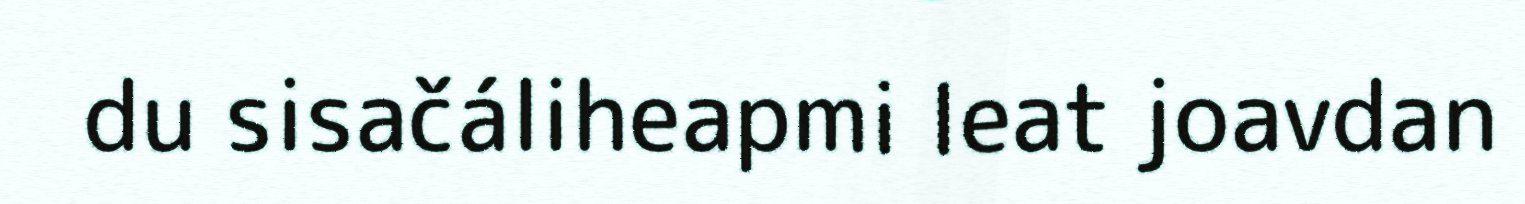
du sisačáliheapmi leat joavdan